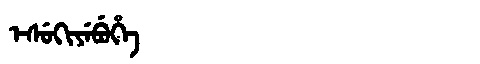
Manchu: ᡝᠰᡠᡴᡳᠶᡝᠪᡠᡥᡝ
Romanization: ESUKIYEBUHE